Civil Veterinary Dept. Assam report 1927-50 - 1927-1950
Year: 1927
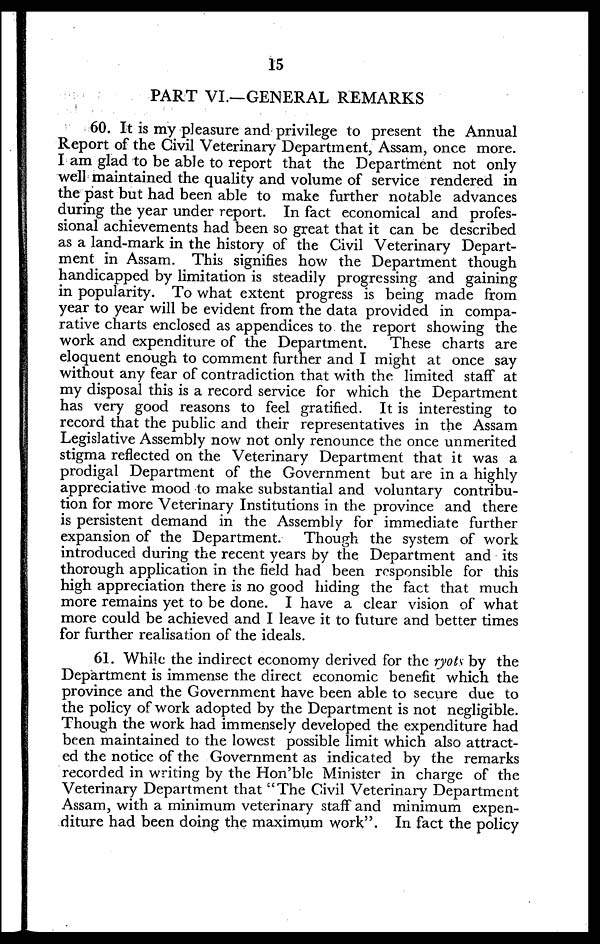
15
PART VI.—GENERAL REMARKS
60. It is my pleasure and privilege to present the Annual
Report of the Civil Veterinary Department, Assam, once more.
I am glad to be able to report that the Department not only
well maintained the quality and volume of service rendered in
the past but had been able to make further notable advances
during the year under report. In fact economical and profes-
sional achievements had been so great that it can be described
as a land-mark in the history of the Civil Veterinary Depart-
ment in Assam. This signifies how the Department though
handicapped by limitation is steadily progressing and gaining
in popularity. To what extent progress is being made from
year to year will be evident from the data provided in compa-
rative charts enclosed as appendices to the report showing the
work and expenditure of the Department.
These charts are
eloquent enough to comment further and I might at once say
without any fear of contradiction that with the limited staff at
my disposal this is a record service for which the Department
has very good reasons to feel gratified. It is interesting to
record that the public and their representatives in the Assam
Legislative Assembly now not only renounce the once unmerited
stigma reflected on the Veterinary Department that it was a
prodigal Department of the Government but are in a highly
appreciative mood to make substantial and voluntary contribu-
tion for more Veterinary Institutions in the province and there
is persistent demand in the Assembly for immediate further
expansion of the Department.
Though the system of work
introduced during the recent years by the Department and its
thorough application in the field had been responsible for this
high appreciation there is no good hiding the fact that much
more remains yet to be done. I have a clear vision of what
more could be achieved and I leave it to future and better times
for further realisation of the ideals.
61. While the indirect economy derived for the ryots by the
Department is immense the direct economic benefit which the
province and the Government have been able to secure due to
the policy of work adopted by the Department is not negligible.
Though the work had immensely developed the expenditure had
been maintained to the lowest possible limit which also attract-
ed the notice of the Government as indicated by the remarks
recorded in writing by the Hon'ble Minister in charge of the
Veterinary Department that "The Civil Veterinary Department
Assam, with a minimum veterinary staff and minimum expen-
diture had been doing the maximum work". In fact the policy